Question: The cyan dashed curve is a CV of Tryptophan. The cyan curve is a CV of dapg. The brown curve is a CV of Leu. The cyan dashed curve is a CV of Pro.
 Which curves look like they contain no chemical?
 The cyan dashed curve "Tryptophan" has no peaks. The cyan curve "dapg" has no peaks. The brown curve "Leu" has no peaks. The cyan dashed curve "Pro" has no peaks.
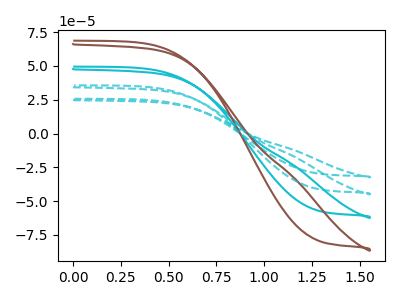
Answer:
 <answer>"Tryptophan", "dapg", "Leu" and "Pro" are likely to be blanks.</answer>
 <eval>"Tryptophan", "dapg", "Leu", "Pro"</eval>